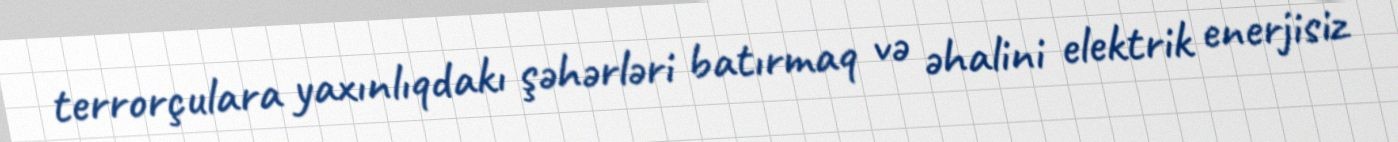
terrorçulara yaxınlıqdakı şəhərləri batırmaq və əhalini elektrik enerjisiz